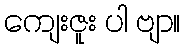
ကျေးဇူး ပါ ဗျာ။